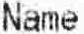
NAME